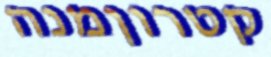
קטרוןמנה